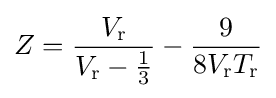
Z={\frac {V_{\text{r}}}{V_{\text{r}}-{\frac {1}{3}}}}-{\frac {9}{8V_{\text{r}}T_{\text{r}}}}